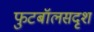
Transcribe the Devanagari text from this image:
फुटबॉलसदृश